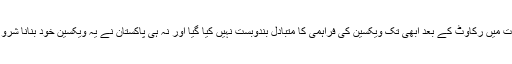
تاہم درآمدات میں رکاوٹ کے بعد ابھی تک ویکسین کی فراہمی کا متبادل بندوبست نہیں کیا گیا اور نہ ہی پاکستان نے یہ ویکسین خود بنانا شروع کی ہے۔